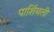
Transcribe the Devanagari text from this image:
पार्शियली